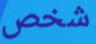
شخص